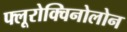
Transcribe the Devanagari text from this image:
फ्लूरोक्विनोलोन